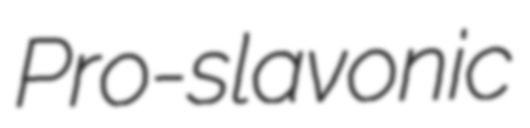
Pro-slavonic